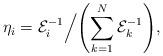
LaTeX: \begin{align*} \eta_i = \mathcal{E}^{-1}_i\Big/ \Biggl( \sum_{k=1}^{N} \mathcal{E}^{-1}_k \Biggr),\end{align*}